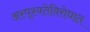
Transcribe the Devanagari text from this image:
अस्पृश्यतेविरोधात